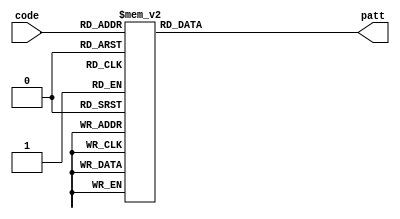
module pattern(code, patt);//7
	input [3: 0] code;       
	output reg [7:0] patt;      
    always@(code) begin
        case (code[3:0])
	        4'b0000:patt=8'b11000000;
            4'b0001:patt=8'b11111001;
            4'b0010:patt=8'b10100100;
            4'b0011:patt=8'b10110000;
            4'b0100:patt=8'b10011001;
            4'b0101:patt=8'b10010010;
            4'b0110:patt=8'b10000010;
            4'b0111:patt=8'b11111000;
            4'b1000:patt=8'b10000000;
            4'b1001:patt=8'b10011000;
            4'b1010:patt=8'b10001000;
            4'b1011:patt=8'b10000011;
            4'b1100:patt=8'b11000110;
            4'b1101:patt=8'b10100001;
            4'b1110:patt=8'b10000110;
            4'b1111:patt=8'b10001110;
        endcase
	end                       
endmodule